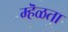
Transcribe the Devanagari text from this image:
म्हॆळता